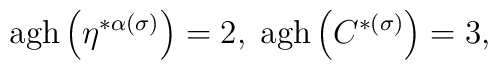
\mathrm{agh}\left( \eta ^{*\alpha (\sigma )}\right) =2,\;\mathrm{agh}\left(C^{*(\sigma )}\right) =3,